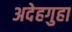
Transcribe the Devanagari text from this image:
अदेहगुहा